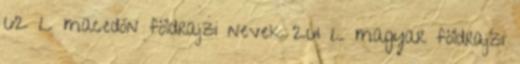
62 L macedón földrajzi nevek‎ 261 L magyar földrajzi